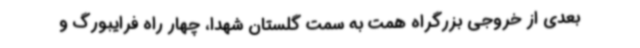
بعدی از خروجی بزرگراه همت به سمت گلستان شهدا، چهار راه فرایبورگ و